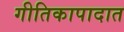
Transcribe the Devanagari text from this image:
गीतिकापादात